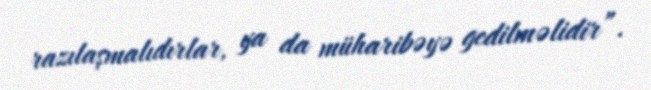
razılaşmalıdırlar, ya da müharibəyə gedilməlidir”.